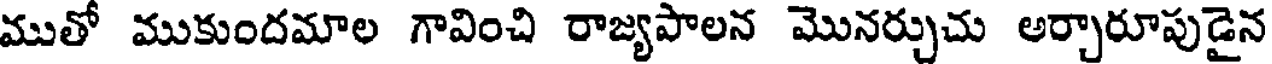
ముతో ముకుందమాల గావించి రాజ్యపాలన మొనర్చుచు అర్చారూపుడైన